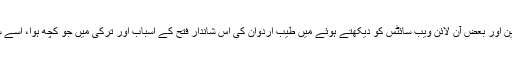
الجزیرہ، بی بی سی، سی این این اور بعض آن لائن ویب سائٹس کو دیکھتے ہوئے میں طیب اردوان کی اس شاندار فتح کے اسباب اور ترکی میں جو کچھ ہوا، اسے سمجھنے کی کوشش کرتا رہا۔